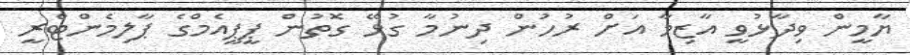
ޔާމީން ވިދާޅުވީ އާޒިމާ އަށް ރުހުން ދިނުމާ ގުޅޭ ގޮތުން ޕީޕީއެމްގެ ޕާލިމެންޓްރީ